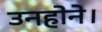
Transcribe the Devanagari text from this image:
उनहोने।